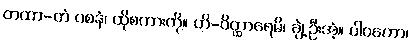
တထာ-တံ ဝစနံ၊ ထိုစကားကို။ ဟိ-ဝိတ္ထာရေမိ၊ ချဲ့ဦးအံ့။ ပါဝကော၊